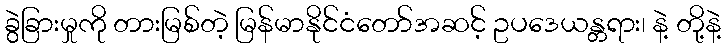
ခွဲခြားမှုကို တားမြစ်တဲ့ မြန်မာနိုင်ငံတော်အဆင့် ဥပဒေယန္တရား၊ နဲ့ တို့နဲ့